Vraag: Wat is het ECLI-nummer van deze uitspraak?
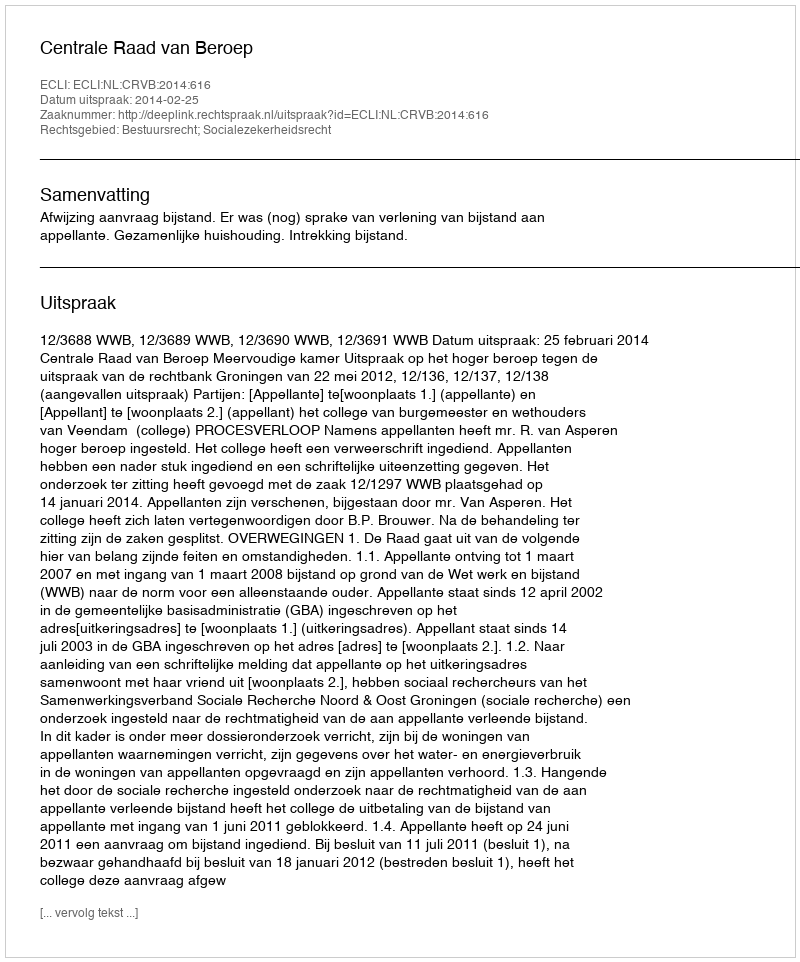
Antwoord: ECLI:NL:CRVB:2014:616